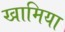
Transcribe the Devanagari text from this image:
खामिया